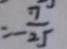
= - \frac { 7 } { 2 5 }